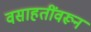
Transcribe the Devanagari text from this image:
वसाहतींवरून